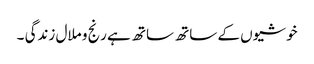
خوشیوں کے ساتھ ساتھ ہے رنج و ملال زندگی ۔